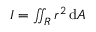
I = \textstyle \iint _ { R } r ^ { 2 } \, \mathrm { d } A